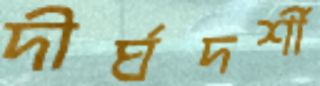
দীর্ঘদর্শী